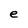
Character: e